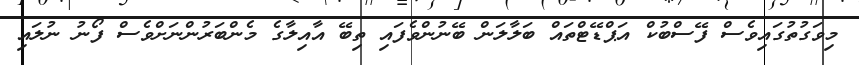
މިވަގުތުގައިވެސް ފޭސްބުކް އަޕްޑޭޓްތައް ބަލާލަން ބޭނުންވެފައި ތިބޭ އާއިލާގެ މެންބަރުންނަށްވެސް ފޯނު ނުލައި